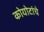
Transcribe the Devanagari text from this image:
कोयोटांचे